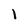
Character: 1